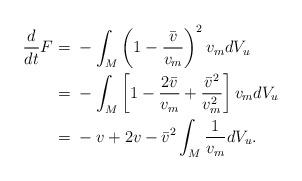
LaTeX: \begin{align*}\frac{d}{dt} F =&\ - \int_M \left( 1 - \frac{\bar{v}}{v_m} \right)^2v_m dV_u\\=&\ - \int_M \left[1 - \frac{2 \bar{v}}{v_m} + \frac{\bar{v}^2}{v_m^2}\right] v_m dV_u\\=&\ - v + 2 v - \bar{v}^2 \int_M \frac{1}{v_m} dV_u.\end{align*}